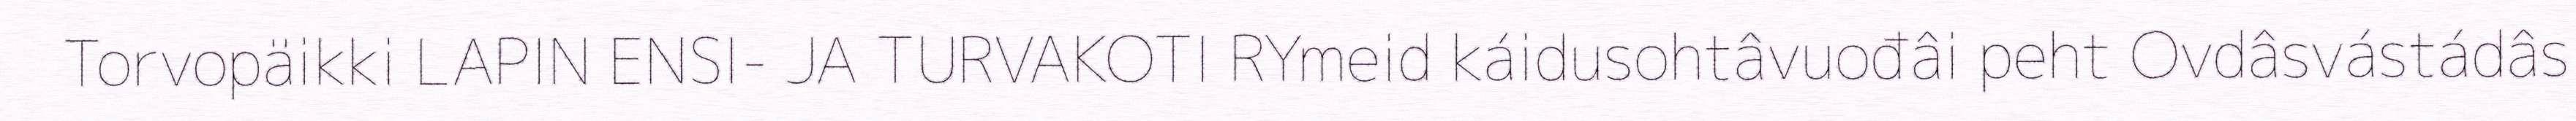
Torvopäikki LAPIN ENSI- JA TURVAKOTI RYmeid káidusohtâvuođâi peht Ovdâsvástádâs